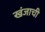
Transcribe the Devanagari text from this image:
खंजाची